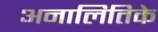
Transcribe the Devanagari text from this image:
अनालितिके